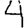
Digit: 4